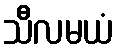
သီလမယံ